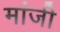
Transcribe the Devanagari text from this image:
मांजी